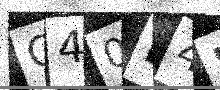
Text: O40D4J